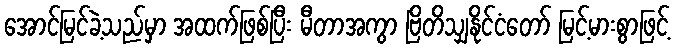
အောင်မြင်ခဲ့သည်မှာ အထက်ဖြစ်ပြီး မီတာအကွာ ဗြိတိသျှနိုင်ငံတော် မြင့်မားစွာဖြင့်